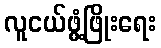
လူငယ်ဖွံ့ဖြိုးရေး